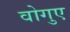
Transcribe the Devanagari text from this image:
वोगुए